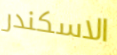
الاسكندر